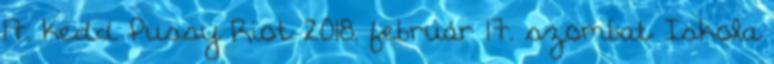
17. kedd Pussy Riot 2018. február 17. szombat Iskola